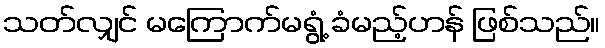
သတ်လျှင် မကြောက်မရွံ့ ခံမည့်ဟန် ဖြစ်သည်။